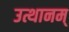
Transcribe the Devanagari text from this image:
उत्थानम्